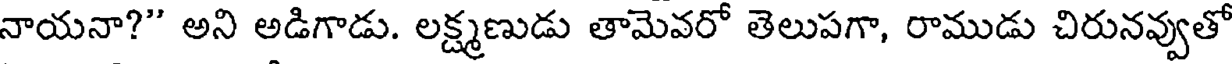
నాయనా?" అని అడిగాడు. లక్ష్మణుడు తామెవరో తెలుపగా, రాముడు చిరునవ్వుతో